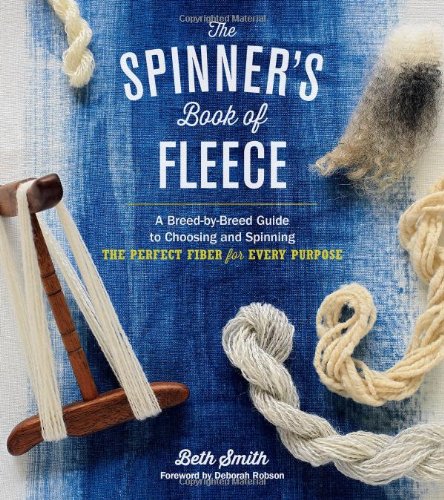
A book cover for The Spinner's Book of Fleece: A Breed-by-Breed Guide to Choosing and Spinning the Perfect Fiber for Every Purpose; Beth Smith; Crafts, Hobbies & Home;